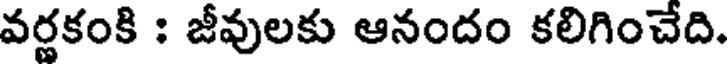
వర్ణకంకి : జీవులకు ఆనందం కలిగించేది.